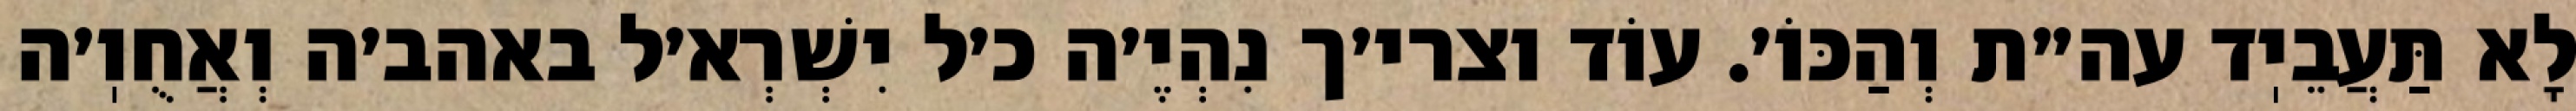
לָא תַּעֲבֵיֽד עה״ת וְהַכּוֹ׳. עוֹד וצרי׳ך נִהְיֶ׳ה כ׳ל יִשְׁרְא׳ל באהב׳ה וְאֲחֻוֽ׳ה